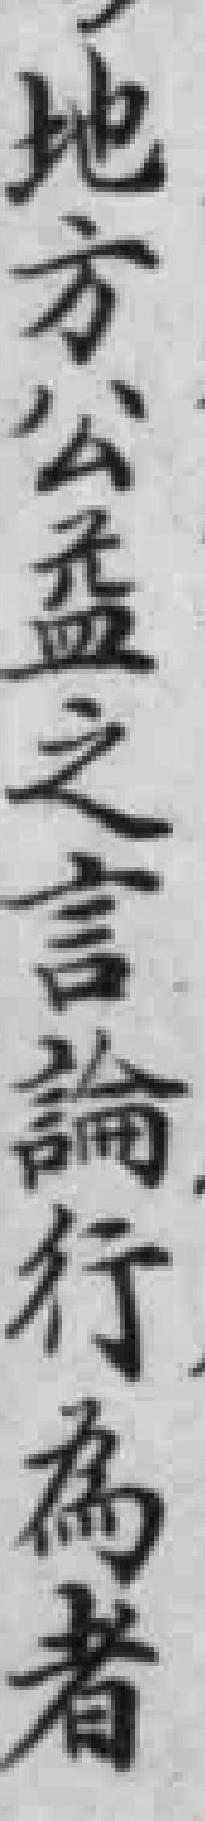
地方公益之言論行為者